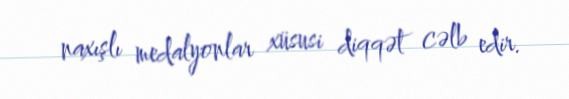
naxışlı medalyonlar xüsusi diqqət cəlb edir.